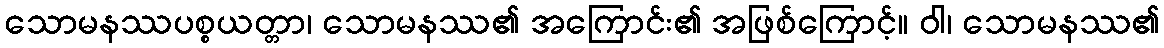
သောမနဿပစ္စယတ္တာ၊ သောမနဿ၏ အကြောင်း၏ အဖြစ်ကြောင့်။ ဝါ၊ သောမနဿ၏